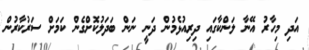
އަދި މިހާރު އޭނާ ލަންކާގައި ދިރިއުޅެމުން ދަނީ ނަން ބަދަލުކޮށްގެން ކަމަށް ސަރުކާރުން